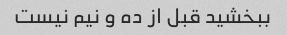
ببخشید قبل از ده و نیم نیست